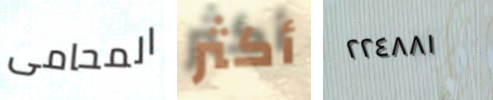
المحامى أكثر ٢٢٤٨٨١